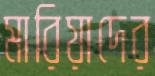
মারিয়াদের